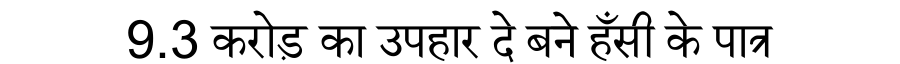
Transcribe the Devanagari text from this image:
9.3 करोड़ का उपहार दे बने हँसी के पात्र